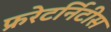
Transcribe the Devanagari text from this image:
फ्ररेटर्निटीस